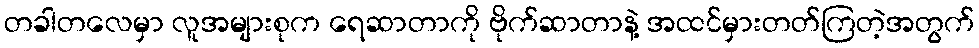
တခါတလေမှာ လူအများစုက ရေဆာတာကို ဗိုက်ဆာတာနဲ့ အထင်မှားတတ်ကြတဲ့အတွက်